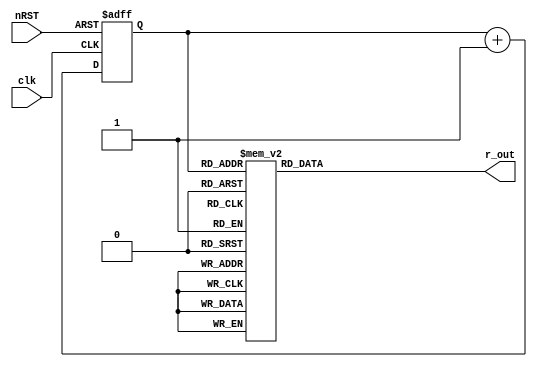
module count4ring(r_out, clk, nRST);
input clk, nRST;
output [15:0] r_out;
reg [3:0] q;
always @(posedge clk or negedge nRST)
begin
    if(nRST == 1'b0)
    begin
        q <= 4'b0;
    end
    else
    begin
        q <= q + 4'h1;
    end
end

assign r_out = ring(q);

function [15:0] ring;
    input [3:0] q_in;

    case(q_in)
        4'b0000 : ring = 16'b0000000000000001;
        4'b0001 : ring = 16'b0000000000000010;
        4'b0010 : ring = 16'b0000000000000100;
        4'b0011 : ring = 16'b0000000000001000;
        4'b0100 : ring = 16'b0000000000010000;
        4'b0101 : ring = 16'b0000000000100000;
        4'b0110 : ring = 16'b0000000001000000;
        4'b0111 : ring = 16'b0000000010000000;
        4'b1000 : ring = 16'b0000000100000000;
        4'b1001 : ring = 16'b0000001000000000;
        4'b1010 : ring = 16'b0000010000000000;
        4'b1011 : ring = 16'b0000100000000000;
        4'b1100 : ring = 16'b0001000000000000;
        4'b1101 : ring = 16'b0010000000000000;
        4'b1110 : ring = 16'b0100000000000000;
        4'b1111 : ring = 16'b1000000000000000;
        default : ring = 16'b1111111111111111;
    endcase

endfunction

endmodule